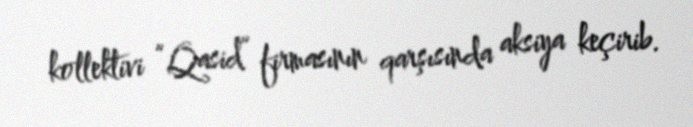
kollektivi “Qasid” firmasının qarşısında aksiya keçirib.